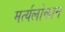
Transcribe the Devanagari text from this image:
मर्त्यलोकात